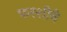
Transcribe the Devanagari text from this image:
फरशीने